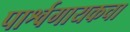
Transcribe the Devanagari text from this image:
पार्श्वगायकचा